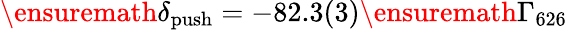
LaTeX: \ensuremath{\delta_{\mathrm{push}}}=-82.3(3)\ensuremath{\Gamma_{626}}